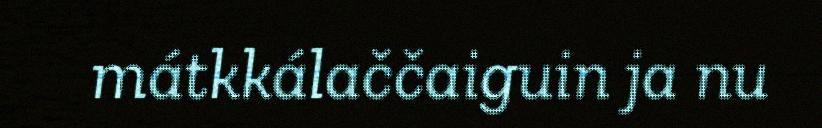
mátkkálaččaiguin ja nu